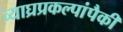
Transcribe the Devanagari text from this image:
व्याघ्रप्रकल्पांपैकी